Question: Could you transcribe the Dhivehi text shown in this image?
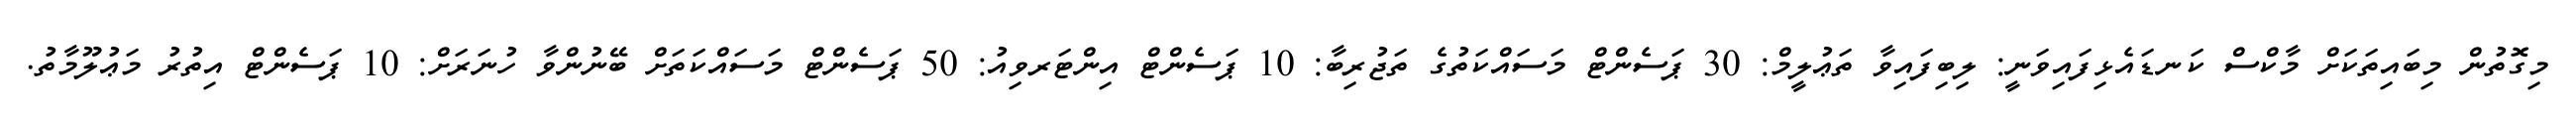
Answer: މިގޮތުން މިބައިތަކަށް މާކްސް ކަނޑައެޅިފައިވަނީ: ލިބިފައިވާ ތަޢުލީމް: 30 ޕަސެންޓް މަސައްކަތުގެ ތަޖުރިބާ: 10 ޕަސެންޓް އިންޓަރވިއު: 50 ޕަސެންޓް މަސައްކަތަށް ބޭނުންވާ ހުނަރަށް: 10 ޕަސެންޓް އިތުރު މަޢުލޫމާތު.